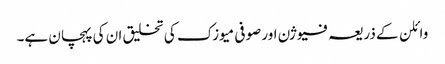
وائلن کے ذریعہ فیوژن اور صوفی میوزک کی تخلیق ان کی پہچان ہے۔